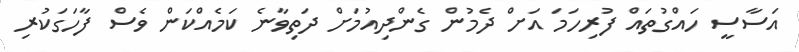
އަސާސީ ހައްގުތައް ފުރިހަމަ އަށް ދެމުން ގެންދިއުމަށް ދަތިވާނެ ކަމެއްކަން ވެސް ފާހަގަކުރި